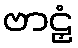
ဗာဠှံ